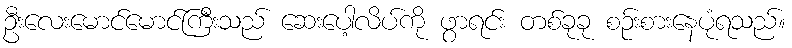
ဦးလေးမောင်မောင်ကြီးသည် ဆေးပေါ့လိပ်ကို ဖွာရင်း တစ်ခုခု စဉ်းစားနေပုံရသည်။